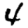
Digit: 4